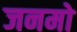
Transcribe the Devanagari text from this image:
जनमो